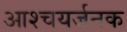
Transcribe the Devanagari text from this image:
आश्चयर्जनक